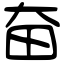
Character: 奋